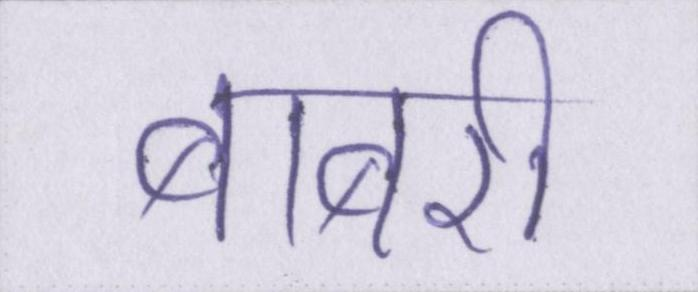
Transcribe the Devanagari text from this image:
बाबरी